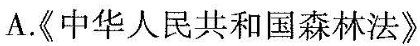
A.《中华人民共和国森林法》